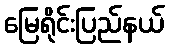
မြေရိုင်းပြည်နယ်